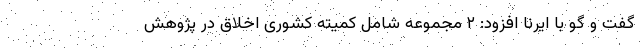
گفت و گو با ایرنا افزود: ۲ مجموعه شامل کمیته کشوری اخلاق در پژوهش